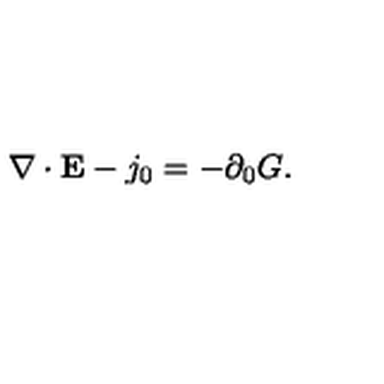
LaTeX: \nabla \cdot { \bf E } - j _ { 0 } = - \partial _ { 0 } G .